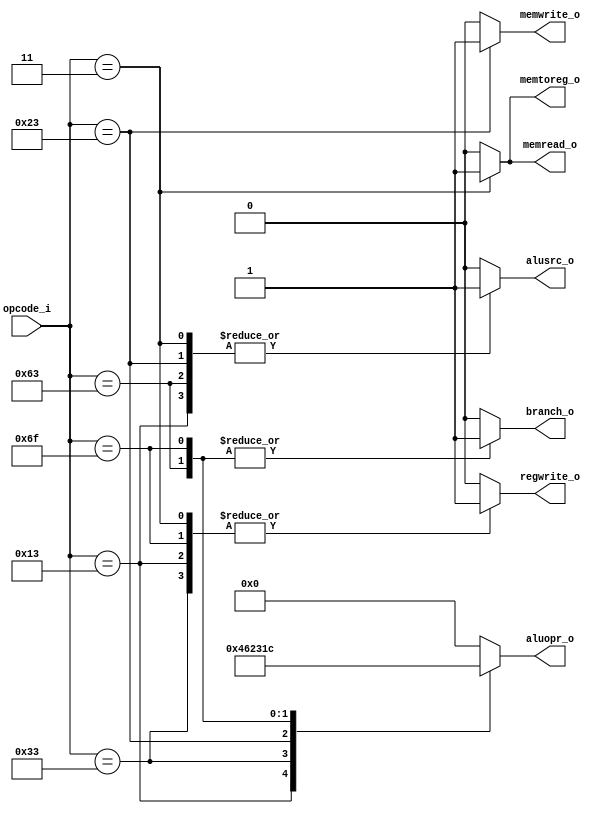
/* 
	Proyecto: monociclo
	Archivo: decodificador.v
	Grupo: 5CV3
	Equipo: 5
	Integrantes:
	
		Carmona Cid Giselle 
		Fuentes Godinez Alondra 
		Marin Nostroza Luis Enrique 
		Reyes Vivar Fernando 
		Sanchez Martinez Brian Omar 
	
	Descripcion:  Codigo del monociclo
*/


module decodificador (
		input				[6:0] opcode_i,
		output reg		      regwrite_o,
		output reg		      alusrc_o,
		output reg           branch_o,
		output reg           memread_o,
		output reg           memwrite_o,
		output reg           memtoreg_o, 
	   output reg     [4:0] aluopr_o
);

	
	always @(*)
	begin
		case (opcode_i)
			7'b0010011:			//tipo I
				begin
					regwrite_o = 1'b1;
					alusrc_o   = 1'b1;
					branch_o   = 1'b0;
					memread_o  = 1'b0;
					memwrite_o = 1'b0;
					memtoreg_o = 1'b0;
					aluopr_o    = 5'b00100;
					
				end
			7'b0110011:			//tipo R
				begin
					regwrite_o = 1'b1;
					alusrc_o   = 1'b0;
					branch_o   = 1'b0;
					memread_o  = 1'b0;
					memwrite_o = 1'b0;
					memtoreg_o = 1'b0;
					aluopr_o    = 5'b01100;
				end
			7'b0100011:			//tipo S
				begin
					regwrite_o = 1'b0;
					alusrc_o   = 1'b1;
					branch_o   = 1'b0;
					memread_o  = 1'b0;
					memwrite_o = 1'b1;
					memtoreg_o = 1'b0;
					aluopr_o    = 5'b01000;
				end
			7'b0000011:			//tipo L
				begin
					regwrite_o = 1'b1;
					alusrc_o   = 1'b1;
					branch_o   = 1'b0;
					memread_o  = 1'b1;
					memwrite_o = 1'b0;
					memtoreg_o = 1'b1;
					aluopr_o    = 5'b00000;
				end
		   7'b1100011:			//tipo B
				begin
					regwrite_o = 1'b0;
					alusrc_o   = 1'b1;
					branch_o   = 1'b1;
					memread_o  = 1'b0;
					memwrite_o = 1'b0;
					memtoreg_o = 1'b0;
					aluopr_o    = 5'b11000;
				end
			7'b1101111: // Tipo J (JAL)
				begin
					regwrite_o = 1'b1;
					alusrc_o   = 1'b0;
					memread_o  = 1'b0;
					memwrite_o = 1'b0;
					memtoreg_o = 1'b0;
					branch_o   = 1'b1; 
					aluopr_o    = 5'b11100;
				end
			default
				begin
					regwrite_o = 1'b0;
					alusrc_o   = 1'b0;
					branch_o   = 1'b0;
					memread_o  = 1'b0;
					memwrite_o = 1'b0;
					memtoreg_o = 1'b0;
					aluopr_o    = 5'b00000;
				end
			//Faltan casos incondicionales
		endcase
	end
endmodule